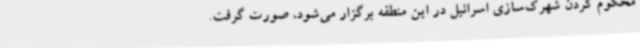
محکوم کردن شهرک‌سازی اسرائیل در این منطقه برگزار می‌شود، صورت گرفت.